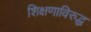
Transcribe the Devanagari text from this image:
शिक्षणाविरुद्ध